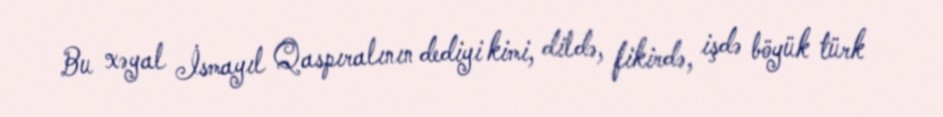
Bu xəyal İsmayıl Qaspıralının dediyi kimi, dildə, fikirdə, işdə böyük türk